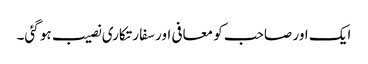
ایک اور صاحب کو معافی اور سفارتکاری نصیب ہو گئی۔